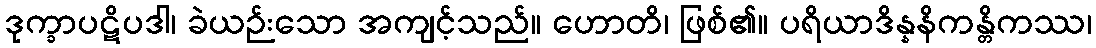
ဒုက္ခာပဋိပဒါ၊ ခဲယဉ်းသော အကျင့်သည်။ ဟောတိ၊ ဖြစ်၏။ ပရိယာဒိန္နနိကန္တိကဿ၊